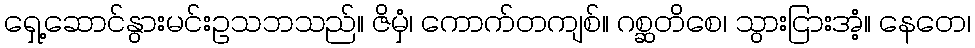
ရှေ့ဆောင်နွားမင်းဥသဘသည်။ ဇိမှံ၊ ကောက်တကျစ်။ ဂစ္ဆတိစေ၊ သွားငြားအံ့။ နေတေ၊